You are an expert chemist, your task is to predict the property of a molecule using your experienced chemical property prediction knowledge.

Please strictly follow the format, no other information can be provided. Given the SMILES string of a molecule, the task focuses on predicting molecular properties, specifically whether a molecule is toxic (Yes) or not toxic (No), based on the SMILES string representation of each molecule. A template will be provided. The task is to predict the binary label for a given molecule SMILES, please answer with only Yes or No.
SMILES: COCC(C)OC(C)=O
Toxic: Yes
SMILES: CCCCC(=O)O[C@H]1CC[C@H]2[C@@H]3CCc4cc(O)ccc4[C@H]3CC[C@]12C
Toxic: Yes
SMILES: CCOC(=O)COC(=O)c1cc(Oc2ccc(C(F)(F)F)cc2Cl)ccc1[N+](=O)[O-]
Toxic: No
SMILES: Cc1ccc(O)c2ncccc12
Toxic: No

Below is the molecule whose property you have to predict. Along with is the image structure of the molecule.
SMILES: C=C1/C(=C\C=C2/CCC[C@@]3(C)[C@H]2CC[C@@H]3[C@H](C)/C=C/[C@@H](O)C2CC2)C[C@@H](O)C[C@@H]1O
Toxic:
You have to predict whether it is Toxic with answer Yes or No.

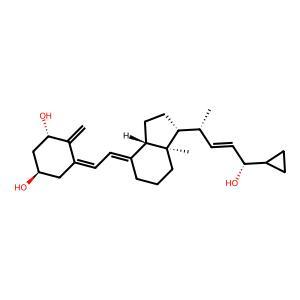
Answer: No